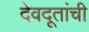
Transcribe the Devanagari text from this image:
देवदूतांची